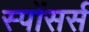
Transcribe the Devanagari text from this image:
स्पोंसर्स